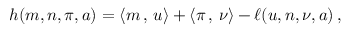
\begin{array} { r } { h ( m , n , \pi , a ) = \left< m \, , \, u \right> + \left< \pi \, , \, \nu \right> - \ell ( u , n , \nu , a ) \, , } \end{array}